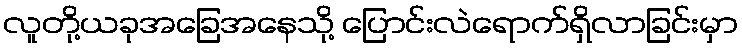
လူတို့ယခုအခြေအနေသို့ ပြောင်းလဲရောက်ရှိလာခြင်းမှာ